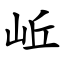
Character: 岴